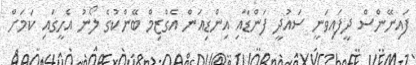
ފައިނޭންސް ދީފައިވަނީ ސައުދީ ފަންޑާއި އިންޑިއަން އެގްޒިމް ބޭންކުގެ ލޯނު އެހީގައި ކަމަށް